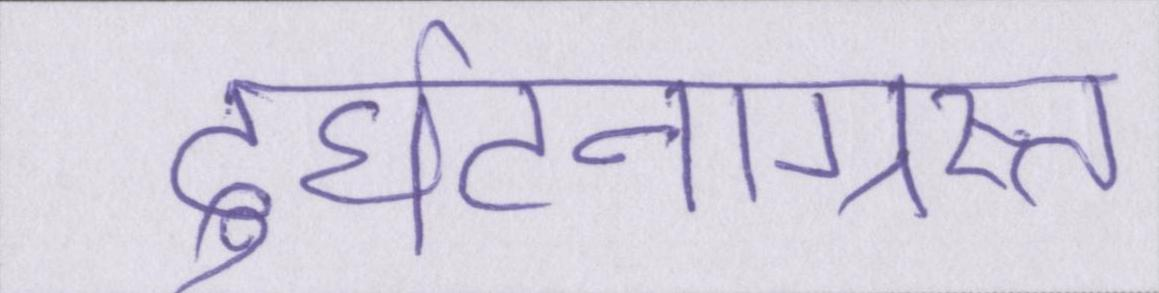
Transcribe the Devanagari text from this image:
दुर्घटनाग्रस्त